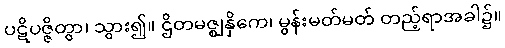
ပဋိပဇ္ဇိတွာ၊ သွား၍။ ဌိတမဇ္ဈနှိကေ၊ မွန်းမတ်မတ် တည့်ရာအခါ၌။